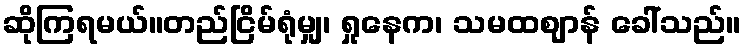
ဆိုကြရမယ်။တည်ငြိမ်ရုံမျှ၊ ရှုနေက၊ သမထဈာန် ခေါ်သည်။